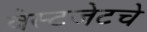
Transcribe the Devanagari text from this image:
वेस्टजेटचे